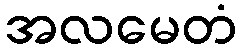
အလမေတံ